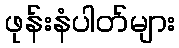
ဖုန်းနံပါတ်များ